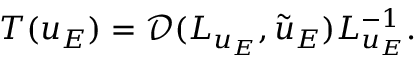
T ( u _ { E } ) = \mathcal { D } ( L _ { u _ { E } } , \tilde { u } _ { E } ) L _ { u _ { E } } ^ { - 1 } .